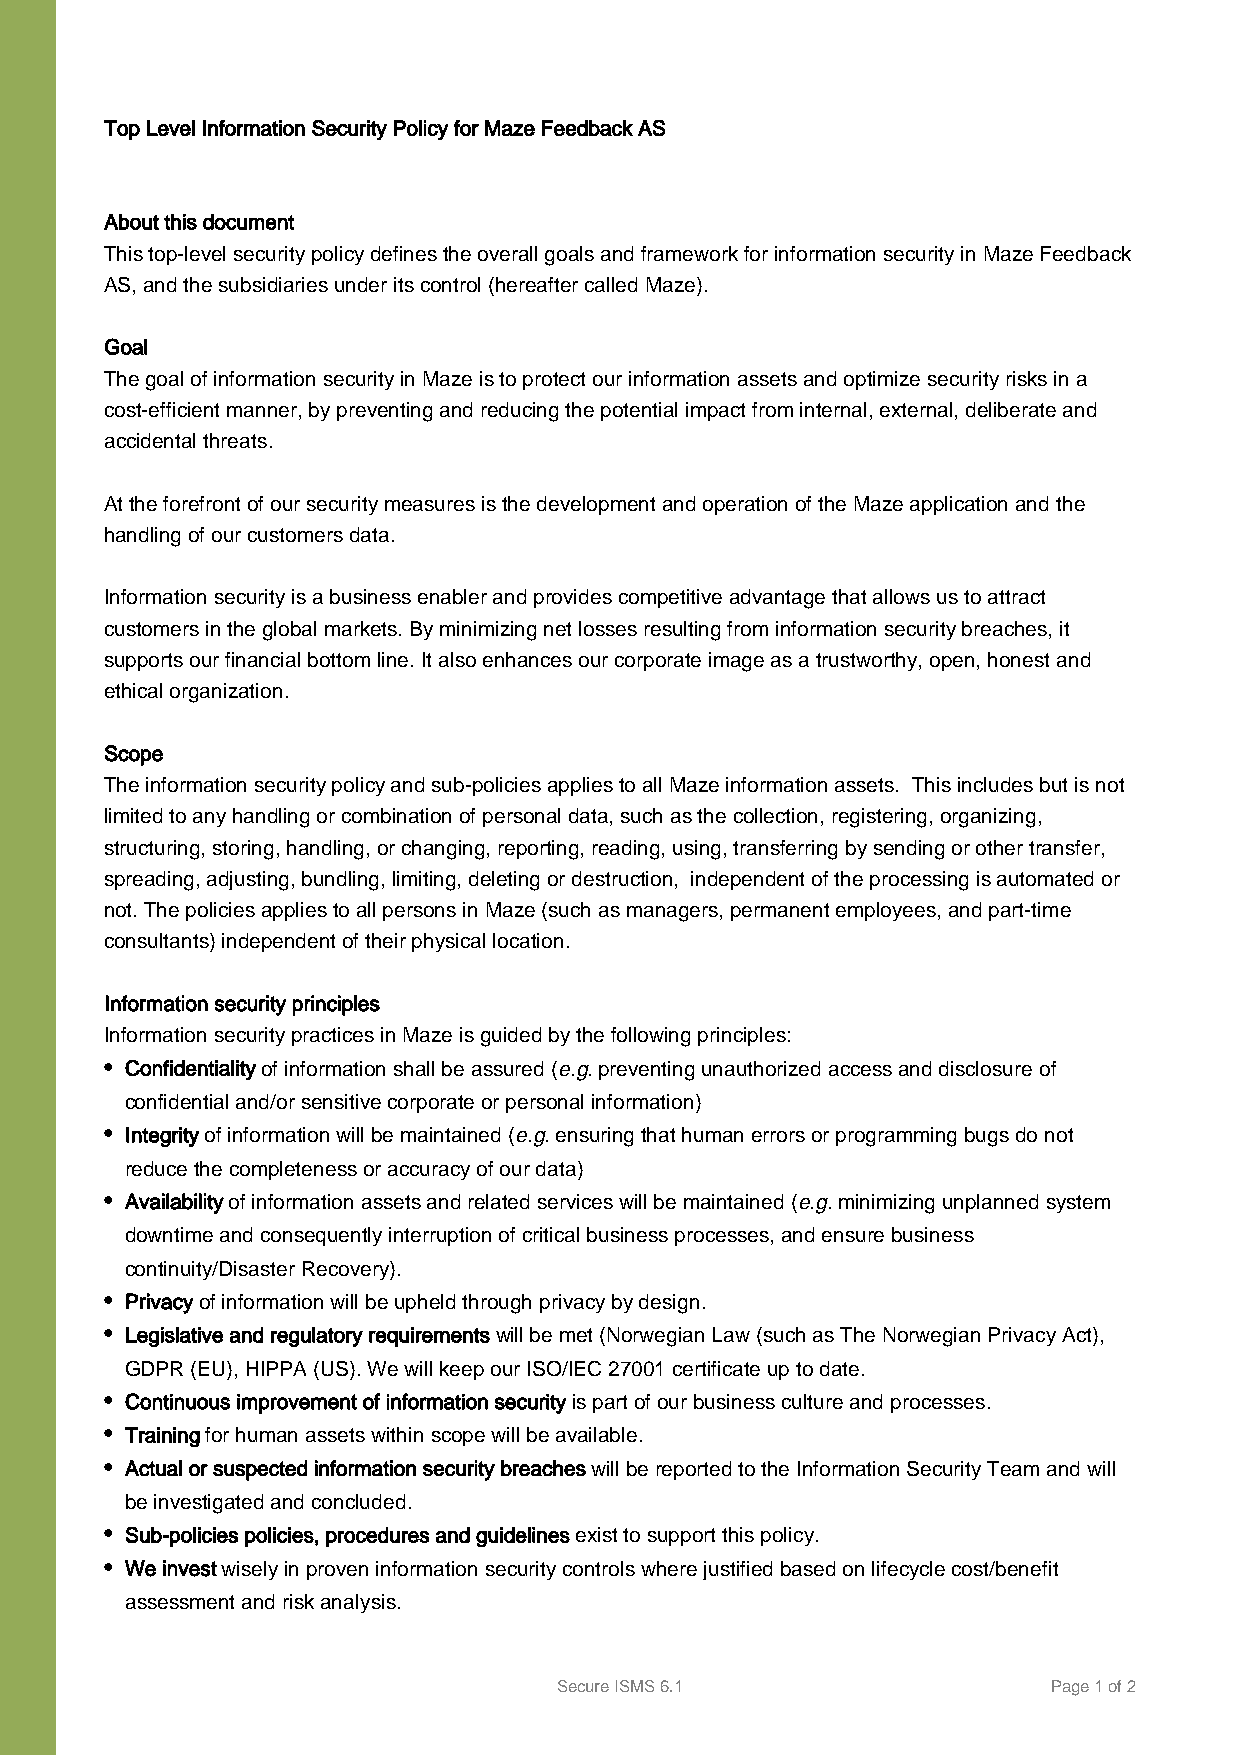
Top Level Information Security Policy for Maze Feedback AS
 About this document
 This top-level security policy defines the overall goals and framework for information security in Maze Feedback
 AS, and the subsidiaries under its control (hereafter called Maze).
 Goal
 The goal of information security in Maze is to protect our information assets and optimize security risks in a
 cost-efficient manner, by preventing and reducing the potential impact from internal, external, deliberate and
 accidental threats.
 At the forefront of our security measures is the development and operation of the Maze application and the
 handling of our customers data.
 Information security is a business enabler and provides competitive advantage that allows us to attract
 customers in the global markets. By minimizing net losses resulting from information security breaches, it
 supports our financial bottom line. It also enhances our corporate image as a trustworthy, open, honest and
 ethical organization.
 Scope
 The information security policy and sub-policies applies to all Maze information assets. This includes but is not
 limited to any handling or combination of personal data, such as the collection, registering, organizing,
 structuring, storing, handling, or changing, reporting, reading, using, transferring by sending or other transfer,
 spreading, adjusting, bundling, limiting, deleting or destruction, independent of the processing is automated or
 not. The policies applies to all persons in Maze (such as managers, permanent employees, and part-time
 consultants) independent of their physical location.
 Information security principles
 Information security practices in Maze is guided by the following principles:
 • Confidentiality of information shall be assured (e.g. preventing unauthorized access and disclosure of
 confidential and/or sensitive corporate or personal information)
 • Integrity of information will be maintained (e.g. ensuring that human errors or programming bugs do not
 reduce the completeness or accuracy of our data)
 • Availability of information assets and related services will be maintained (e.g. minimizing unplanned system
 downtime and consequently interruption of critical business processes, and ensure business
 continuity/Disaster Recovery).
 • Privacy of information will be upheld through privacy by design.
 • Legislative and regulatory requirements will be met (Norwegian Law (such as The Norwegian Privacy Act),
 GDPR (EU), HIPPA (US). We will keep our ISO/IEC 27001 certificate up to date.
 • Continuous improvement of information security is part of our business culture and processes.
 • Training for human assets within scope will be available.
 • Actual or suspected information security breaches will be reported to the Information Security Team and will
 be investigated and concluded.
 • Sub-policies policies, procedures and guidelines exist to support this policy.
 • We invest wisely in proven information security controls where justified based on lifecycle cost/benefit
 assessment and risk analysis.
 Secure ISMS 6.1                  Page 1 of 2